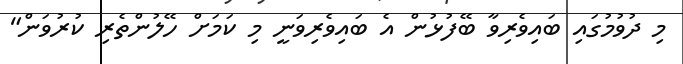
މި ދުވުމުގައި ބައިވެރިވާ ބޭފުޅުން އެ ބައިވެރިވަނީ މި ކަމަށް ހޭލުންތެރި ކުރުވަން"